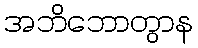
အဘိဘောတွာန